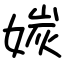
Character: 㛶